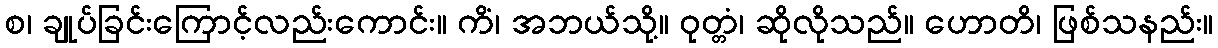
စ၊ ချုပ်ခြင်းကြောင့်လည်းကောင်း။ ကိံ၊ အဘယ်သို့။ ဝုတ္တံ၊ ဆိုလိုသည်။ ဟောတိ၊ ဖြစ်သနည်း။